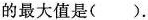
的最大值是().